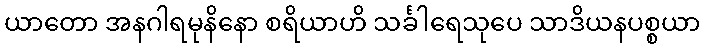
ယာတော အနဂါရမုနိနော စရိယာဟိ သင်္ခါရေသုပေ သာဒိယနပစ္စယာ